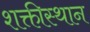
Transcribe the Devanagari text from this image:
शक्तीस्थान